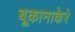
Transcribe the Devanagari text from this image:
बूकानाकेरे